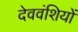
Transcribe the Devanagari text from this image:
देववंशियों